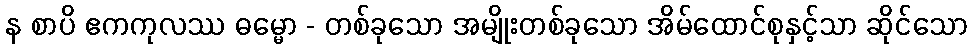
န စာပိ ဧကကုလဿ ဓမ္မော - တစ်ခုသော အမျိုးတစ်ခုသော အိမ်ထောင်စုနှင့်သာ ဆိုင်သော